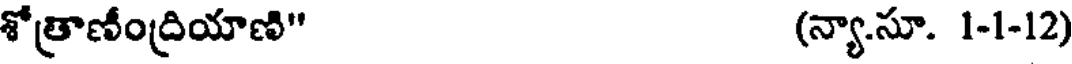
శోత్రాణీంద్రియాణి" (న్యా.సూ. 1-1-12)